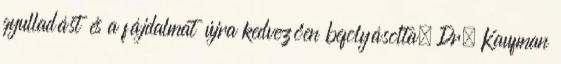
gyulladást és a fájdalmat újra kedvezően befolyásolta. Dr. Kaufman